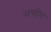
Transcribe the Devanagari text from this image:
अपदेश